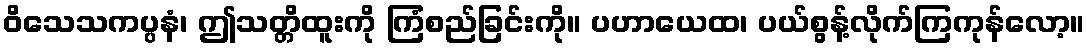
ဝိသေသကပ္ပနံ၊ ဤသတ္တိထူးကို ကြံစည်ခြင်းကို။ ပဟာယေထ၊ ပယ်စွန့်လိုက်ကြကုန်လော့။